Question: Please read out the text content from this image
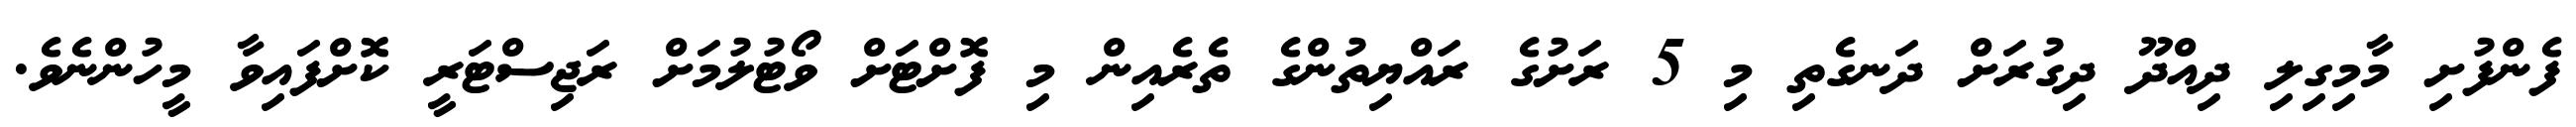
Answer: ފެންފުށި މާމިގިލި ދިއްދޫ ދިގުރަށް ދަނގެތި މި 5 ރަށުގެ ރައްޔިތުންގެ ތެރެއިން މި ފޮށްޓަށް ވޯޓުލުމަށް ރަޖިސްޓަރީ ކޮށްފައިވާ މީހުންނެވެ.